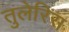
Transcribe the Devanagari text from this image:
तुलेरिस